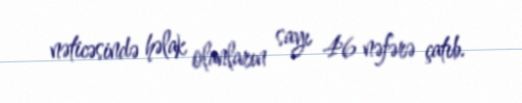
nəticəsində həlak olanların sayı 46 nəfərə çatıb.